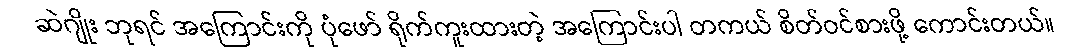
ဆဲဂျိုး ဘုရင် အကြောင်းကို ပုံဖော် ရိုက်ကူးထားတဲ့ အကြောင်းပါ တကယ် စိတ်ဝင်စားဖို့ ကောင်းတယ်။